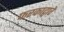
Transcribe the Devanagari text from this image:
फरकाद्वारे